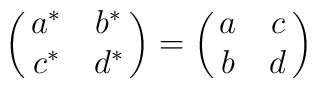
\pmatrix{a^*&b^*\cr c^*&d^*}=\pmatrix{a&c\cr b&d}